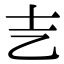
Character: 㐊